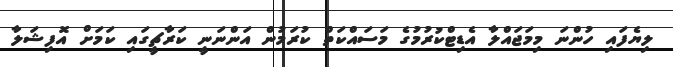
ލިޔެފައި ހުންނަ މިމަޖައްލާ އެޑިޓްކުރުމުގެ މަސައްކަތް ކުރަމުން އަންނަނީ ކަރާޗީގައި ކަމަށް އޮފިޝަލާ